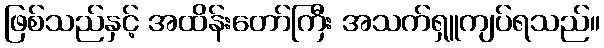
ဖြစ်သည်နှင့် အထိန်းတော်ကြီး အသက်ရှူကျပ်ရသည်။